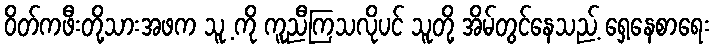
ဝိတ်ကဖီးတို့သားအဖက သူ့ ကို ကူညီကြသလိုပင် သူတို့ အိမ်တွင်နေသည့် ရှေ့နေစာရေး